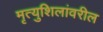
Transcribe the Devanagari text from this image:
मृत्युशिलांवरील